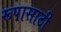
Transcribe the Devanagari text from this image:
रूपासाठी